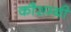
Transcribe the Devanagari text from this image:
कौशम्बी